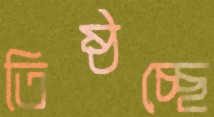
তিষ্ঠচ্ছে